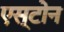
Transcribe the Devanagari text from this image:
एस्टोन